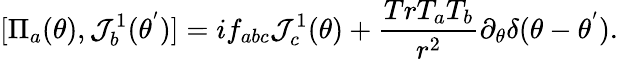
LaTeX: [{\Pi}_{a}(\theta),\mathcal{J}_{b}^{1}({\theta}^{'})]=if_{abc}\mathcal{J}_{c}^{1}(\theta)+\frac{{TrT_{a}T_{b}}}{{r^{2}}}{\partial}_{\theta}{\delta}(\theta-{\theta}^{'}).